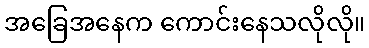
အခြေအနေက ကောင်းနေသလိုလို။